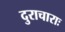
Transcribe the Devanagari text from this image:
दुराचाराः